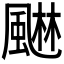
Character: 𮨭